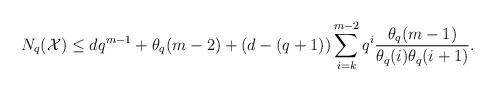
LaTeX: \begin{align*}N_q(\mathcal{X}) \leq dq^{m-1} + \theta_q(m-2) +(d-(q+1)) \sum_{i=k}^{m-2} q^i \frac{\theta_q(m-1)}{\theta_q(i)\theta_q(i+1)}.\end{align*}